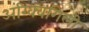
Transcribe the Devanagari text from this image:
अंग्क्विगिली